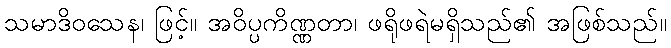
သမာဒိဝသေန၊ ဖြင့်။ အဝိပ္ပကိဏ္ဏတာ၊ ဖရိုဖရဲမရှိသည်၏ အဖြစ်သည်။